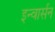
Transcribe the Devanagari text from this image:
इन्वार्सन